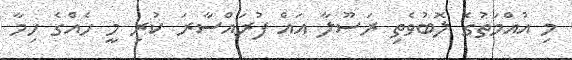
މި އުއްމަތުގެ ލޮބުވެތި ރަސޫލާ އަައް ފުރައްސާރަ ކުރި މީ ހެއްގެ ހިމާ